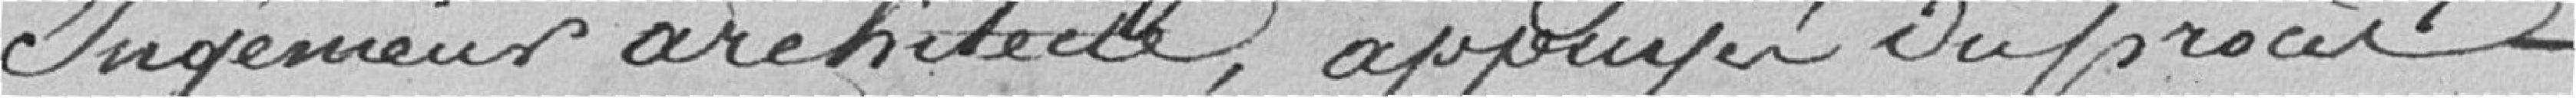
ingénieur architecte, appuyé du procès